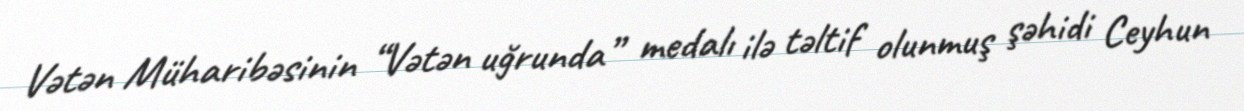
Vətən Müharibəsinin “Vətən uğrunda” medalı ilə təltif olunmuş şəhidi Ceyhun